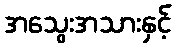
အသွေးအသားနှင့်